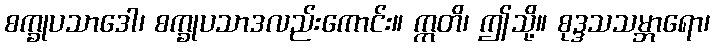
စက္ခုပသာဒေါ၊ စက္ခုပသာဒလည်းကောင်း။ ဣတိ၊ ဤသို့။ စုဒ္ဒသသမ္ဘာရော၊